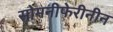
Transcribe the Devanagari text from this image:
सोमनीफेरीनीन